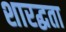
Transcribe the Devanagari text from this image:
शारद्धता